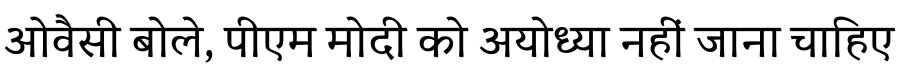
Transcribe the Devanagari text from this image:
ओवैसी बोले, पीएम मोदी को अयोध्या नहीं जाना चाहिए